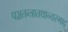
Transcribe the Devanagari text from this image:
पञ्चतन्त्रातथान्यस्माद्